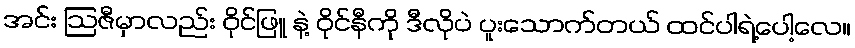
အင်း ဩဇီမှာလည်း ဝိုင်ဖြူ နဲ့ ဝိုင်နီကို ဒီလိုပဲ ပူးသောက်တယ် ထင်ပါရဲ့ပေါ့လေ။